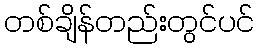
တစ်ချိန်တည်းတွင်ပင်